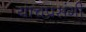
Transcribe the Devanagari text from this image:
याचप्रसंगी